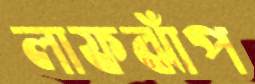
লাফঝাঁপ